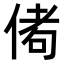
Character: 𬾭